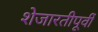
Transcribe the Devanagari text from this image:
शेजारतीपूर्वी